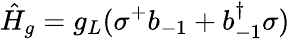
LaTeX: \hat{H}_{g}=g_{L}(\sigma^{+}b_{-1}+b_{-1}^{\dagger}\sigma)